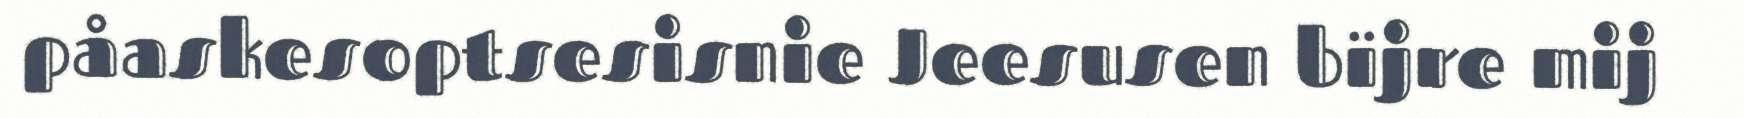
påaskesoptsesisnie Jeesusen bïjre mij